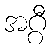
အဂ္ဂီ